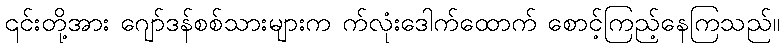
၎င်းတို့အား ဂျော်ဒန်စစ်သားများက က်လုံးဒေါက်ထောက် စောင့်ကြည့်နေကြသည်။